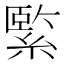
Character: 𦃂